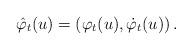
LaTeX: \begin{align*} \hat{\varphi}_{t}(u)=\left( \varphi _{t}(u),\dot{\varphi}_{t}(u)\right) .\end{align*}